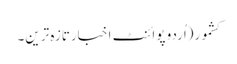
کشمور(اُردو پوائنٹ اخبارتازہ ترین۔